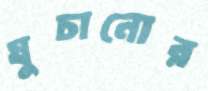
ঘুচানোর